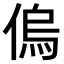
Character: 𠌥